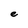
Character: e